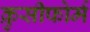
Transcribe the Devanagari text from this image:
क्रुसीफोर्म